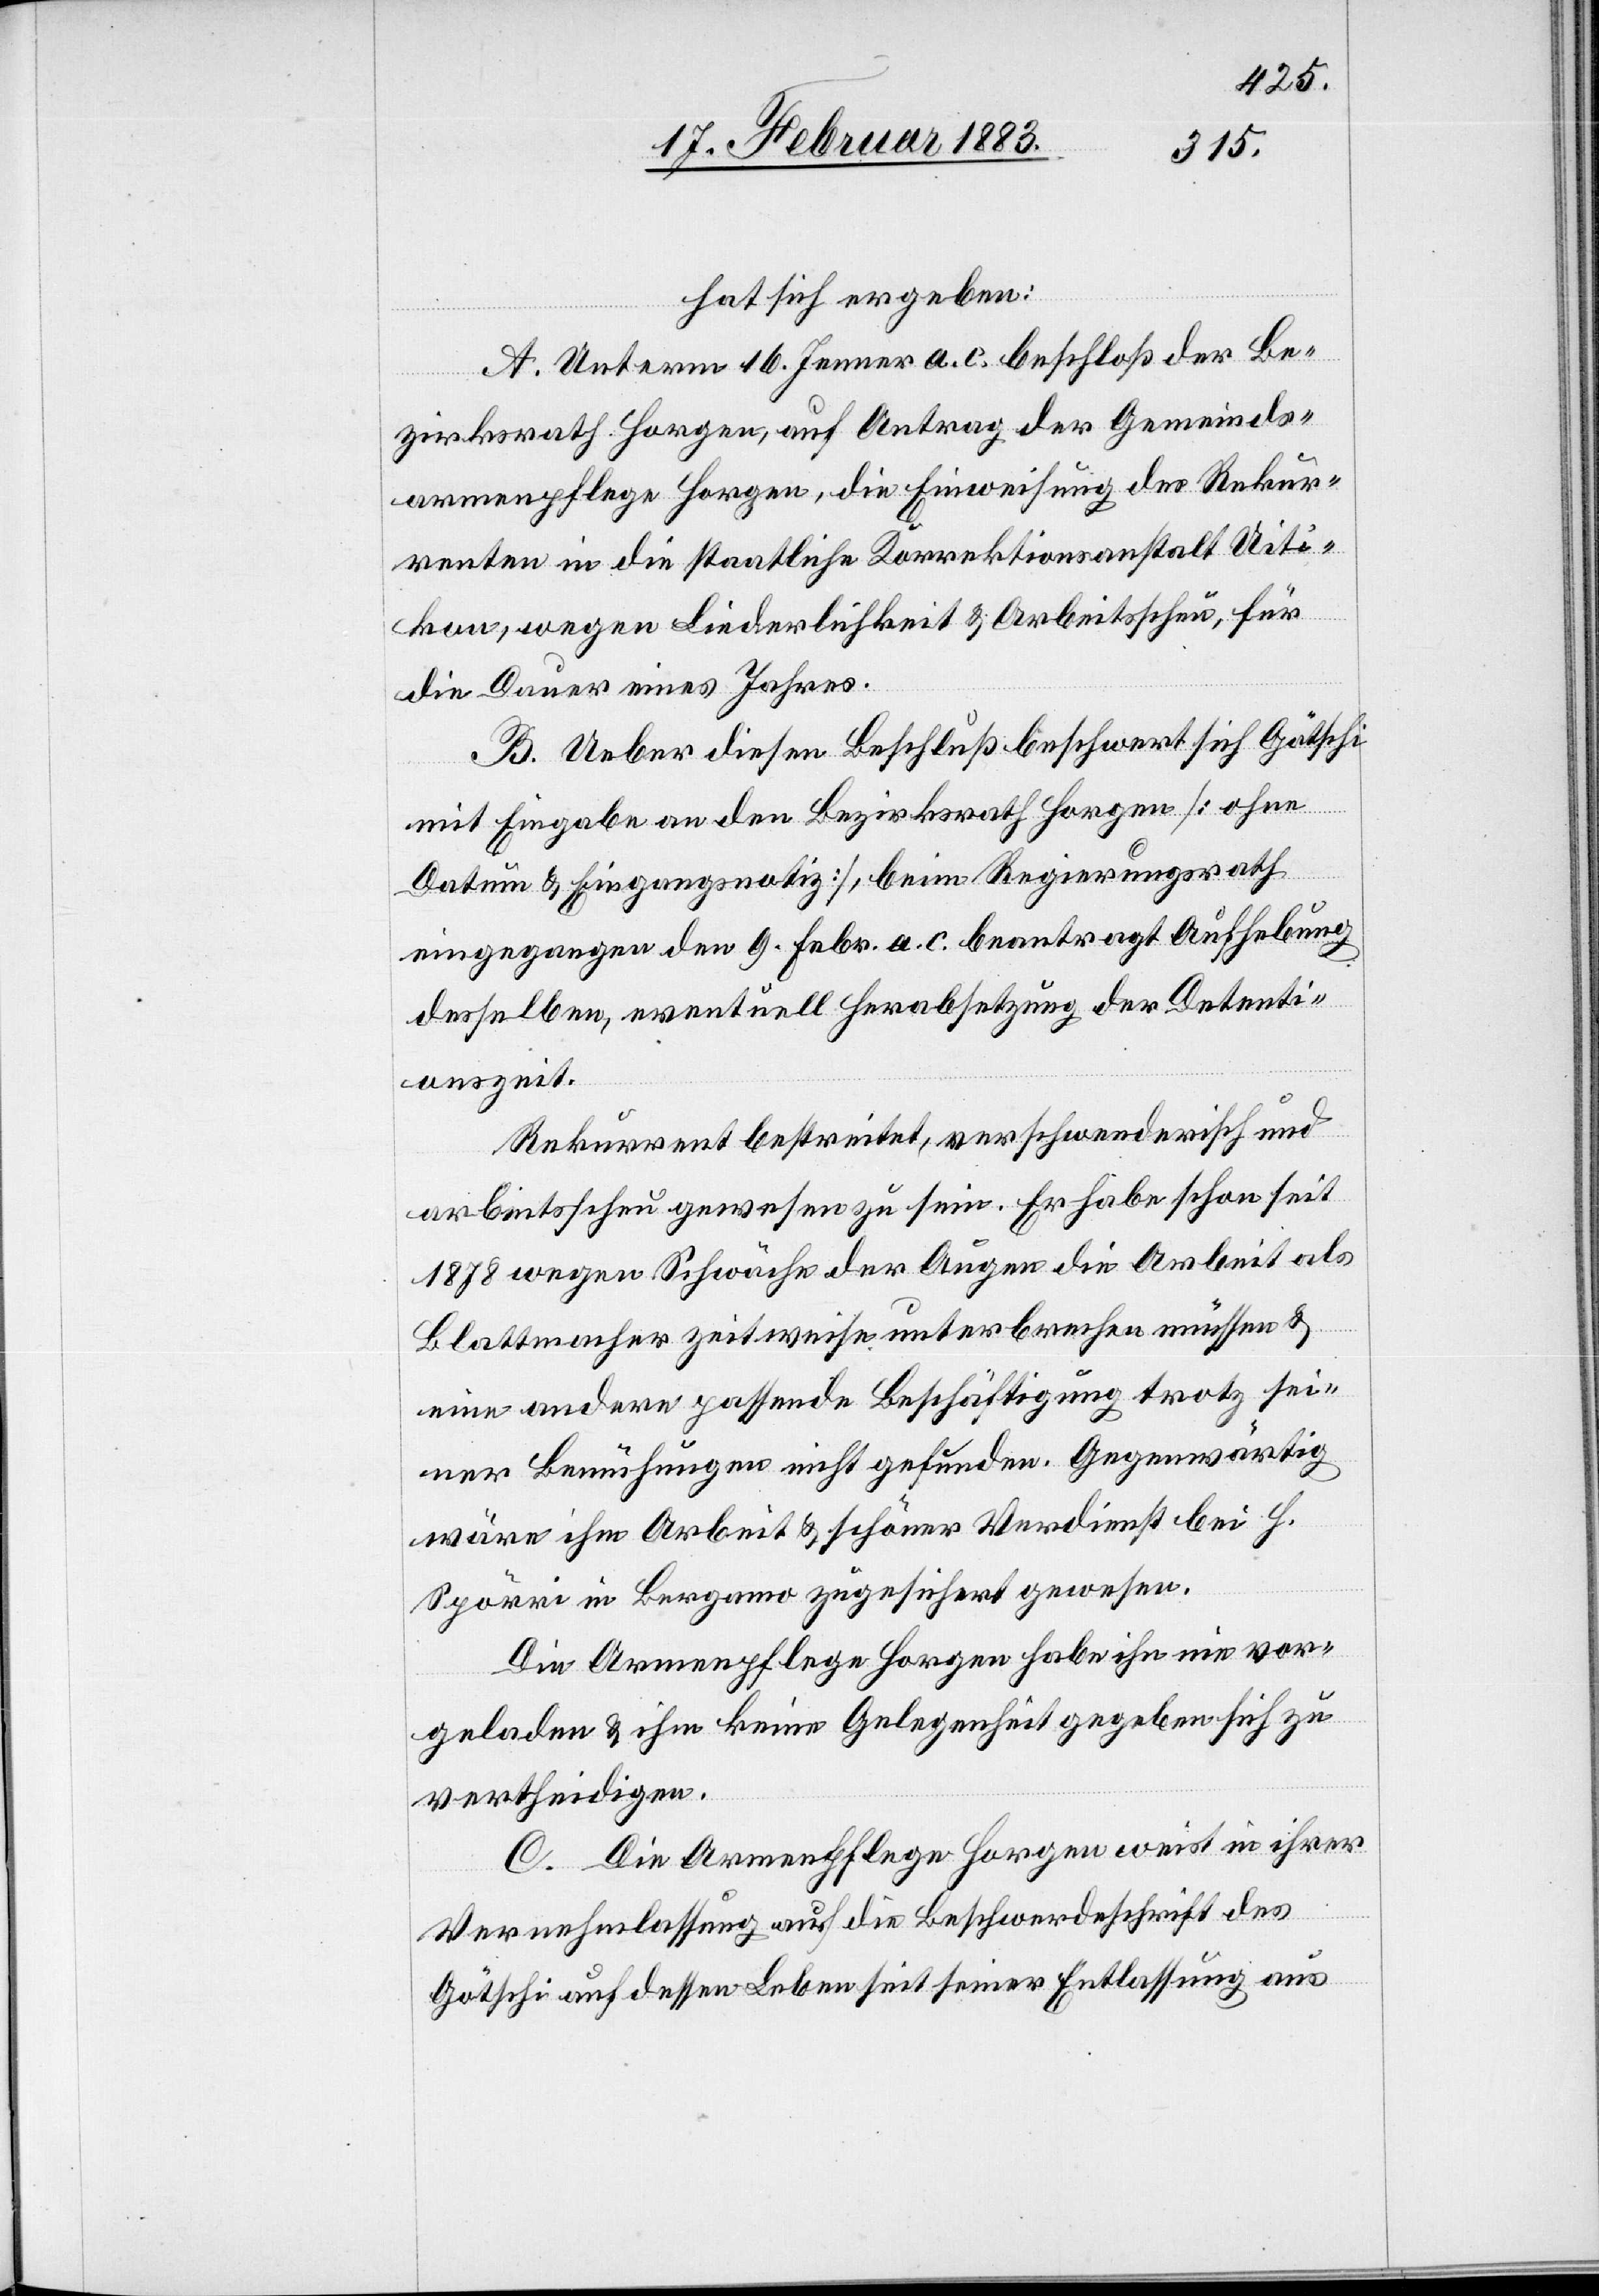
hat sich ergeben:
A. Unterm 16. Jenner a. c. beschloß der Be¬
zirksrath Horgen, auf Antrag der Gemeinds¬
armenpflege Horgen, die Einweisung des Rekur¬
renten in die staatliche Korrektionsanstalt Uiti¬
kon, wegen Liederlichkeit & Arbeitsscheu, für
die Dauer eines Jahres.
B. Ueber diesen Beschluß beschwert sich Götschi
mit Eingabe an den Bezirksrath Horgen [ohne
Datum & Eingangsnotiz], beim Regierungsrath
eingegangen den 9. Febr. a. c. beantragt Aufhebung
desselben, eventuell Herabsetzung der Detenti¬
onszeit.
Rekurrent bestreitet, verschwenderisch und
arbeitsscheu gewesen zu sein. Er habe schon seit
1878 wegen Schwäche der Augen die Arbeit als
Blattmacher zeitweise unterbrechen müssen &
eine andere passende Beschäftigung trotz sei¬
ner Bemühungen nicht gefunden. Gegenwärtig
wäre ihm Arbeit & schöner Verdienst bei H.
Spörri in Bergamo zugesichert gewesen.
Die Armenpflege Horgen habe ihn nie vor¬
geladen & ihm keine Gelegenheit gegeben sich zu
vertheidigen.
C. Die Armenpflege Horgen weist in ihrer
Vernehmlassung auf die Beschwerdeschrift des
Götschi auf dessen Leben seit seiner Entlassung aus